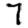
Digit: 7